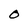
Character: O